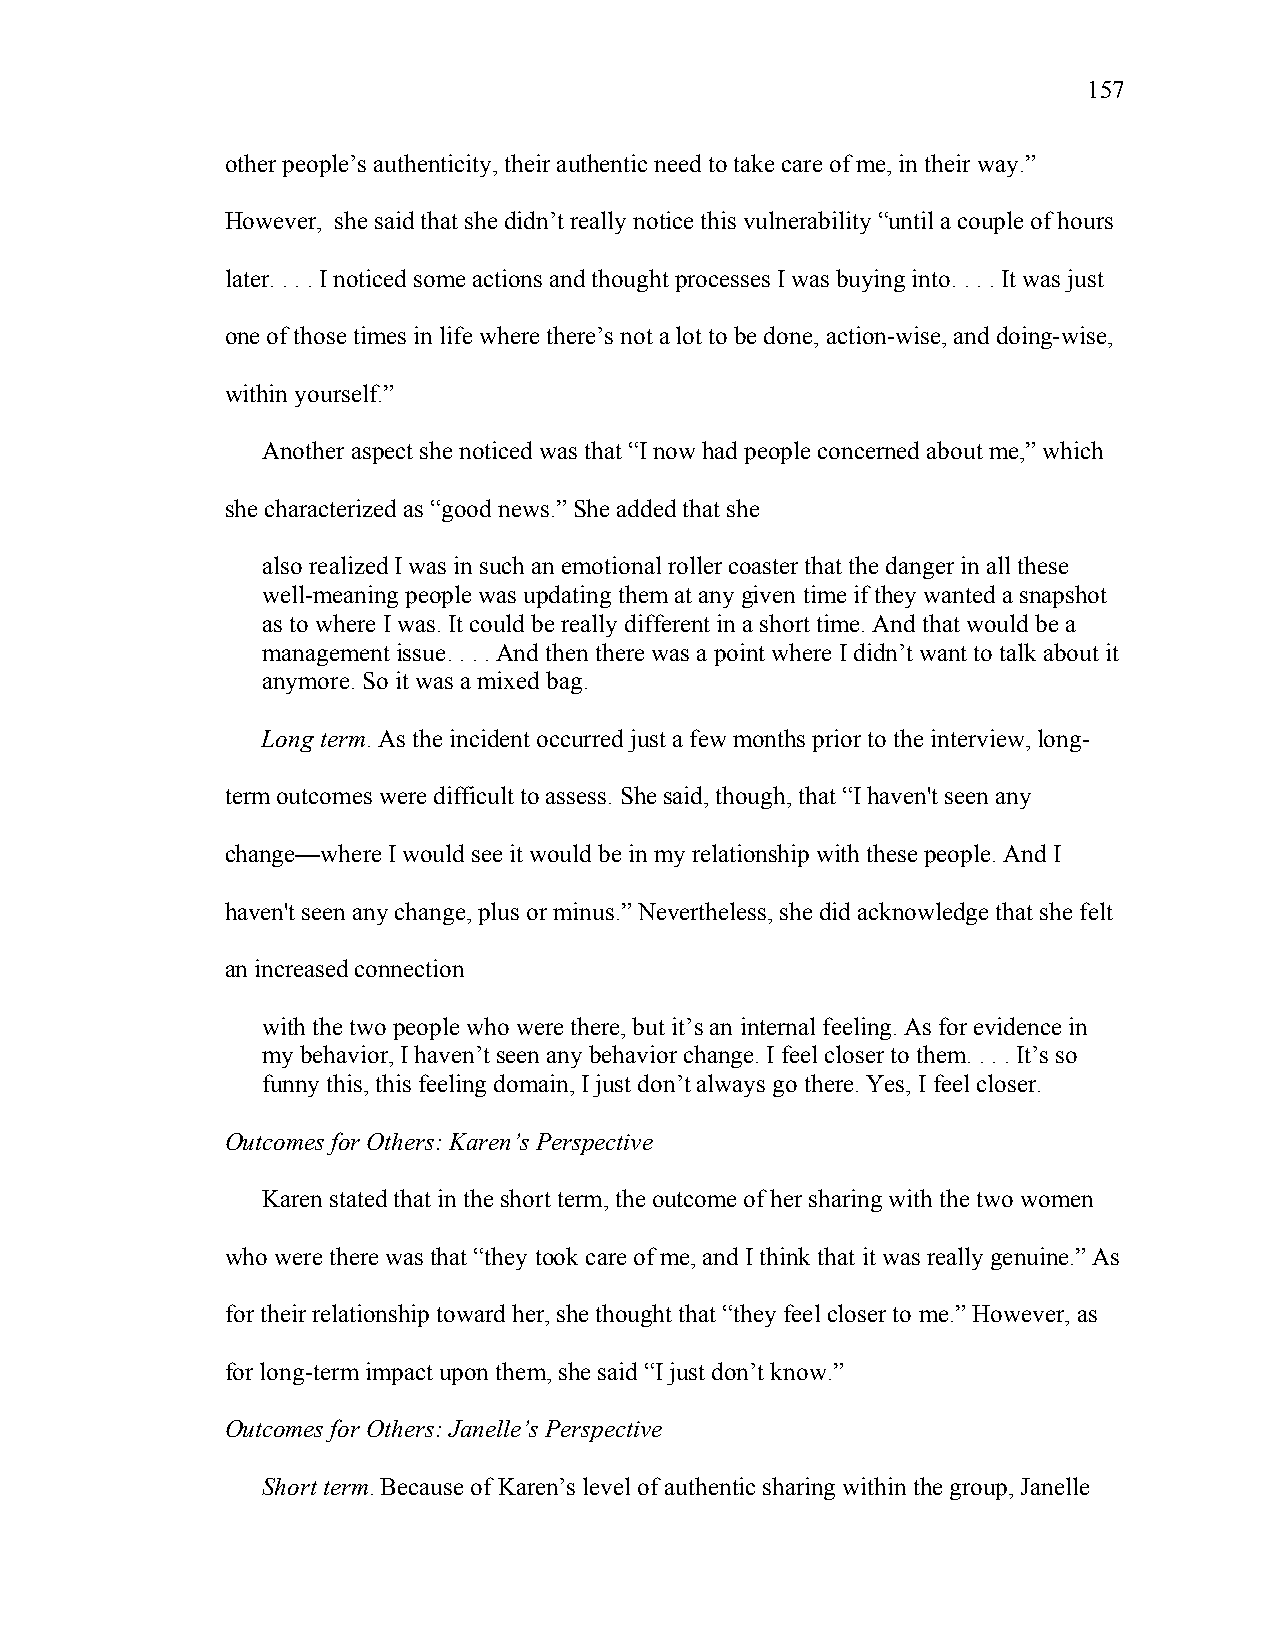
157
 other people’s authenticity, their authentic need to take care of me, in their way.”
 However, she said that she didn’t really notice this vulnerability “until a couple of hours
 later. . . . I noticed some actions and thought processes I was buying into. . . . It was just
 one of those times in life where there’s not a lot to be done, action-wise, and doing-wise,
 within yourself.”
 Another aspect she noticed was that “I now had people concerned about me,” which
 she characterized as “good news.” She added that she
 also realized I was in such an emotional roller coaster that the danger in all these
 well-meaning people was updating them at any given time if they wanted a snapshot
 as to where I was. It could be really different in a short time. And that would be a
 management issue. . . . And then there was a point where I didn’t want to talk about it
 anymore. So it was a mixed bag.
 Long term. As the incident occurred just a few months prior to the interview, long-
 term outcomes were difficult to assess. She said, though, that “I haven't seen any
 change—where I would see it would be in my relationship with these people. And I
 haven't seen any change, plus or minus.” Nevertheless, she did acknowledge that she felt
 an increased connection
 with the two people who were there, but it’s an internal feeling. As for evidence in
 my behavior, I haven’t seen any behavior change. I feel closer to them. . . . It’s so
 funny this, this feeling domain, I just don’t always go there. Yes, I feel closer.
 Outcomes for Others: Karen’s Perspective
 Karen stated that in the short term, the outcome of her sharing with the two women
 who were there was that “they took care of me, and I think that it was really genuine.” As
 for their relationship toward her, she thought that “they feel closer to me.” However, as
 for long-term impact upon them, she said “I just don’t know.”
 Outcomes for Others: Janelle’s Perspective
 Short term. Because of Karen’s level of authentic sharing within the group, Janelle